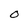
Character: O